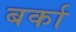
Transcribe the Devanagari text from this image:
बर्का